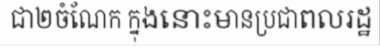
ជា២ចំណែក ក្នុងនោះមានប្រជាពលរដ្ឋ